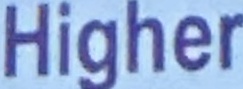
Higher